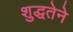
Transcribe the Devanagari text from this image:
शुद्धतेने